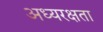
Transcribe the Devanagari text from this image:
अध्यरक्षता